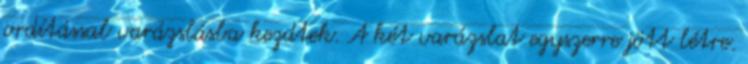
ordítással varázslásba kezdtek. A két varázslat egyszerre jött létre.